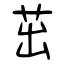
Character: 茁